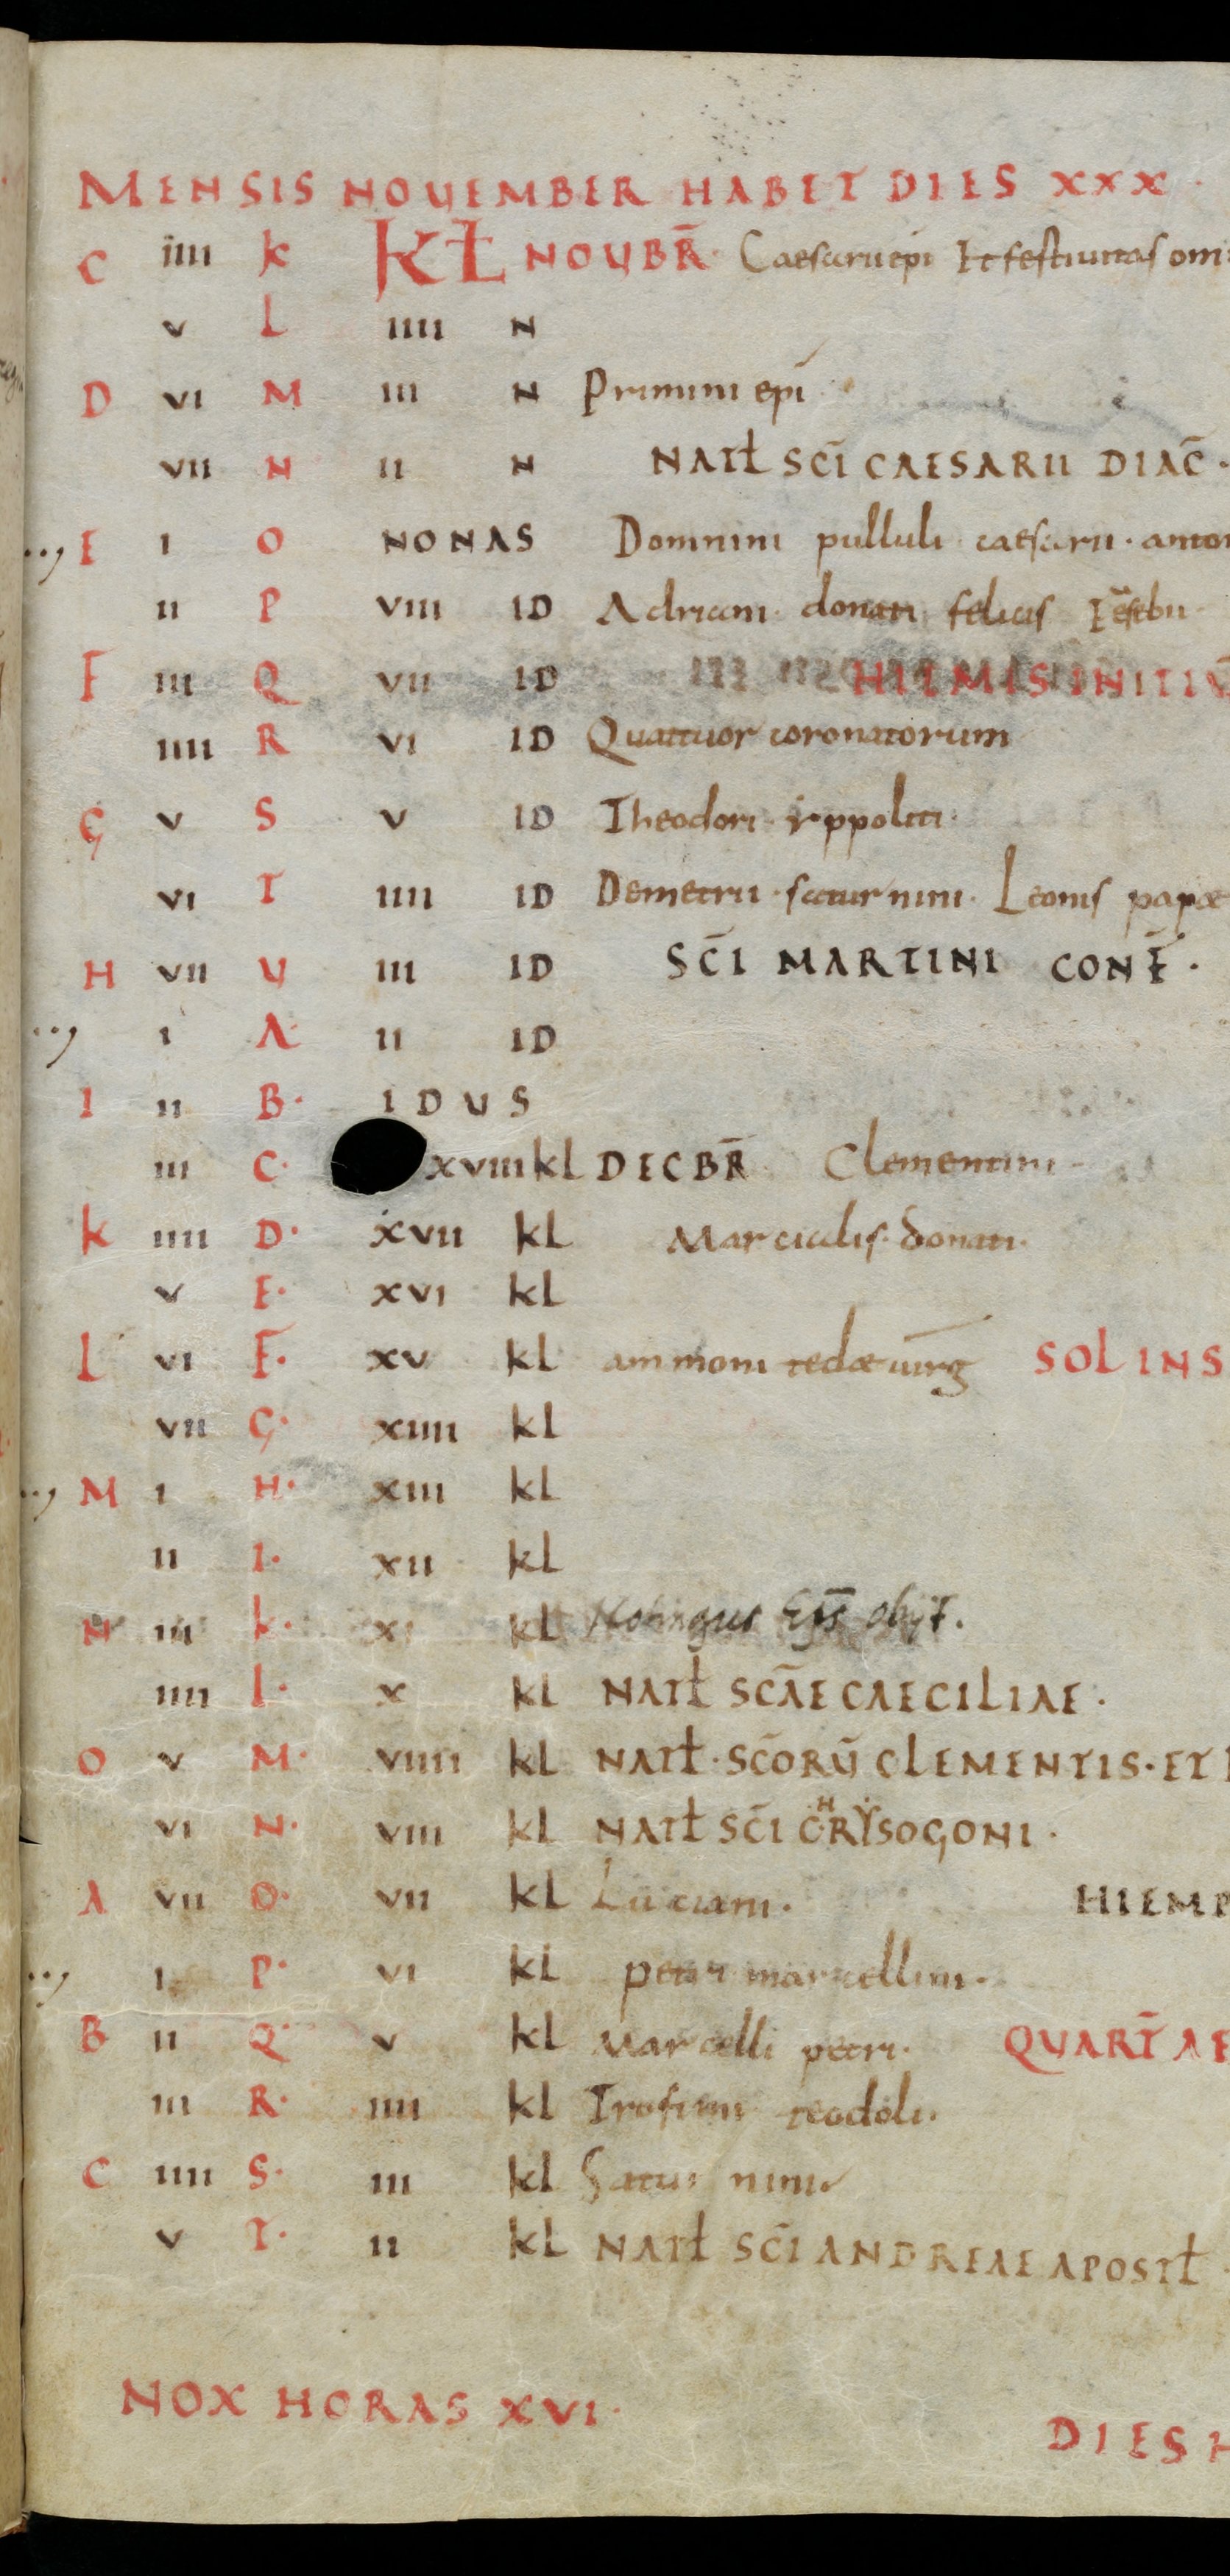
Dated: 835–865